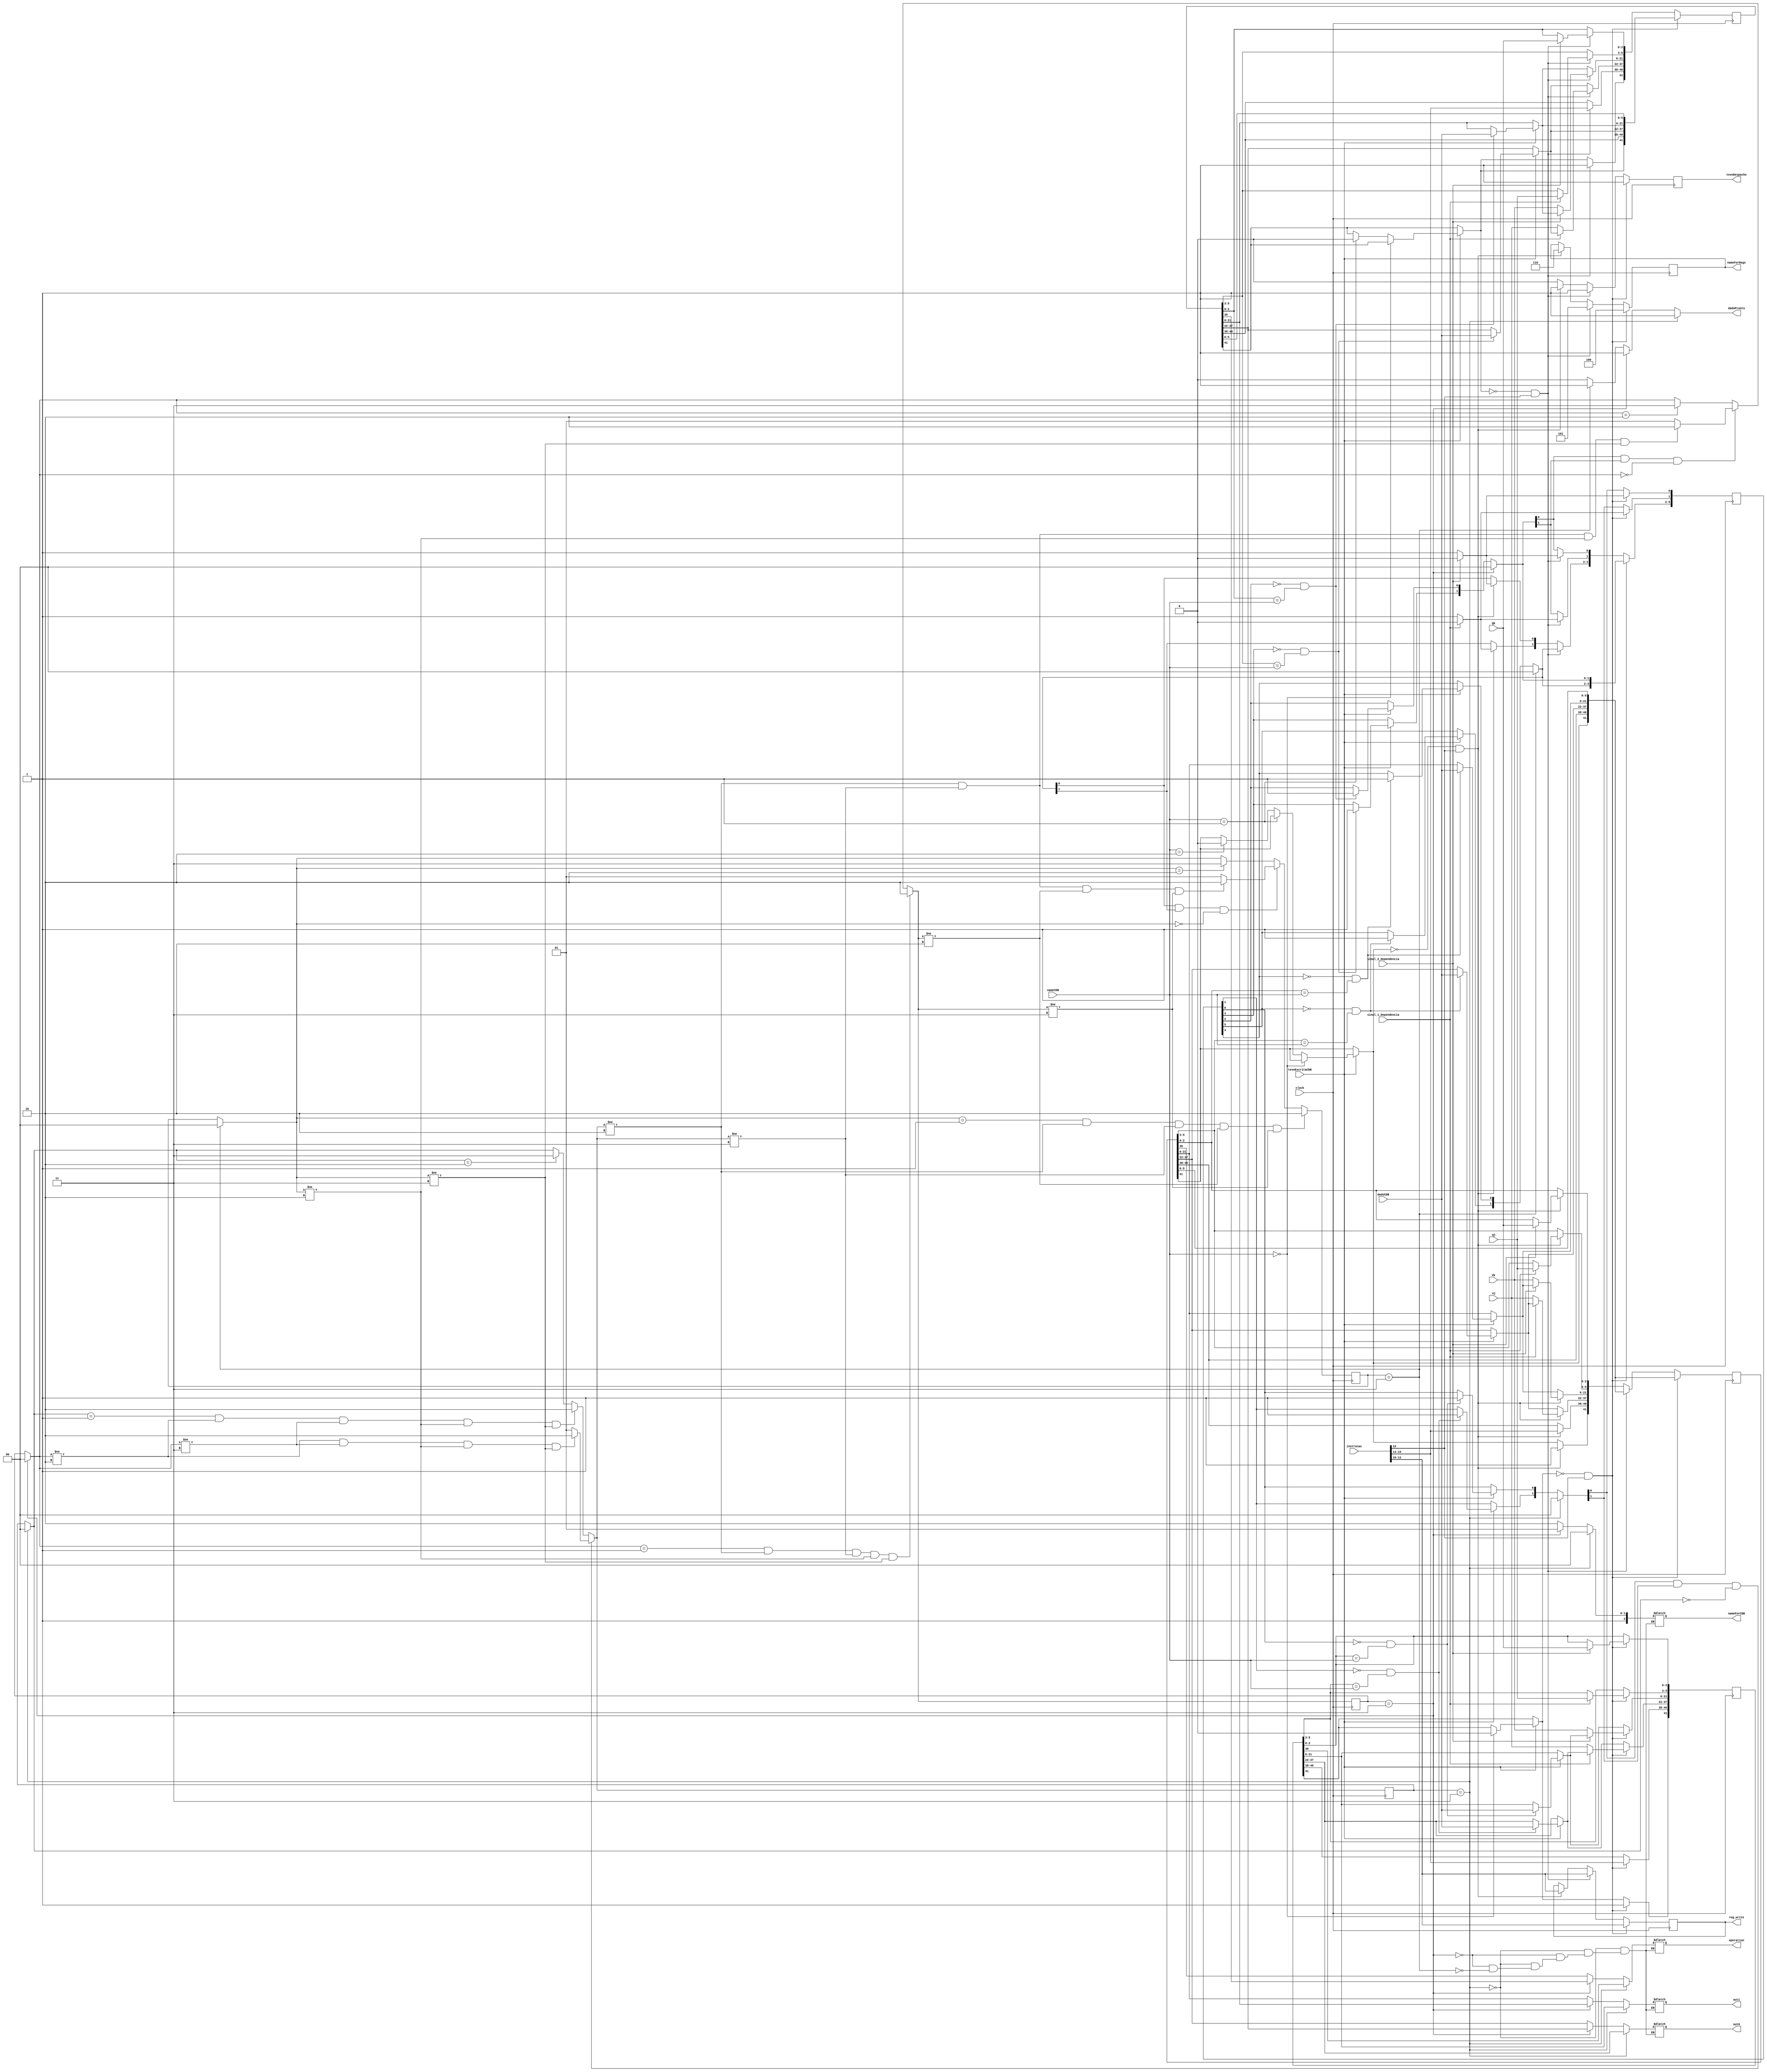
module estacaoDeReservaMulDiv(instrucao, clock,sinal_1_Dependencia, sinal_2_Dependencia, Vj, Vk, Qj, Qk, out0, out1,
teveEscritaCDB, nameCDB, dadoCDB, teveDespacho, reg_write, dadoPronto, operation, nameForCDB, nameForRegs);
	
	input clock;
	input [15:0] Vj, Vk;
	input [2:0] Qj, Qk;
	input [15:0] instrucao;
	input sinal_1_Dependencia;
	input sinal_2_Dependencia;
	input teveEscritaCDB;
	input [2:0] nameCDB;
	input [15:0] dadoCDB;
	output [15:0] out0, out1;
	output reg teveDespacho;
	output reg [2:0] reg_write;
	output dadoPronto;
	output operation;
	output [2:0] nameForCDB;
	output reg [2:0] nameForRegs;
	
	//0 desocupado e 1 ocupado
	//output Busy;
	
	// 44:42->name | 41->Busy | 40:38->Op | 37:22->Vj | 21:6->Vk | 5:3->Qj | 2:0->Qk
	reg [44:0] RS1;
	reg [44:0] RS2;
	reg [44:0] RS3;
	reg [5:0] dadoValido;
	reg [1:0] state_rs1;
	reg [1:0] state_rs2;
	reg [1:0] state_rs3;
	
	initial begin
		RS1[44:42] = 3'b100;
		RS1[41:0] = 0;
		RS2[44:42] = 3'b101;
		RS2[41:0] = 0;
		RS3[44:42] = 3'b110;
		RS3[41:0] = 0;
		dadoValido = 0;
		state_rs1 = 2'b00;
		state_rs2 = 2'b00;
		state_rs3 = 2'b00;
	end
	
	reg BUSY;
	
	always@(posedge clock)
	begin
				
		if(teveEscritaCDB)
		begin
			
			if(nameCDB == RS1[43:42])
				RS1[41] = 0;
			else if(nameCDB == RS2[43:42])
				RS2[41] = 0;
			else if(nameCDB == RS3[43:42])
				RS3[41] = 0;
			
			if(dadoValido[1] == 0 && RS1[5:3] == nameCDB)
			begin
				 RS1[37:22] = dadoCDB;
				 dadoValido[1] = 1'b1;
			end
			
			if(dadoValido[0] == 0 && RS1[2:0] == nameCDB)
			begin
				RS1[21:6] = dadoCDB;
				dadoValido[0] = 1'b1;
			end
			
			if(dadoValido[3] == 0 && RS2[5:3] == nameCDB)
			begin
				 RS2[37:22] = dadoCDB;
				 dadoValido[3] = 1'b1;
			end
			
			if(dadoValido[2] == 0 && RS2[2:0] == nameCDB)
			begin
				RS2[21:6] = dadoCDB;
				dadoValido[2] = 1'b1;
			end
			
			if(dadoValido[5] == 0 && RS3[5:3] == nameCDB)
			begin
				 RS3[37:22] = dadoCDB;
				 dadoValido[5] = 1'b1;
			end
			
			if(dadoValido[4] == 0 && RS3[2:0] == nameCDB)
			begin
				RS3[21:6] = dadoCDB;
				dadoValido[4] = 1'b1;
			end
			
		end
		
		if(state_rs1 == 2'b11)begin
			state_rs1 = 2'b00;
			dadoValido[1:0] = 2'b00;
		end
		if(state_rs2 == 2'b11)begin
			state_rs2 = 2'b00;
			dadoValido[3:2] = 2'b00;
		end
		if(state_rs3 == 2'b11)begin
			state_rs3 = 2'b00;
			dadoValido[5:4] = 2'b00;
		end
		
		if(dadoValido[0] == 1 && dadoValido[1] == 1 && state_rs1 == 2'b00)
			if(state_rs2 != 2'b10 && state_rs2 != 2'b11 && state_rs3 != 2'b10 && state_rs3 != 2'b11)
				state_rs1 = 2'b10;
			else
				state_rs1 = 2'b01;
		else if(state_rs1 == 2'b01 && state_rs2 != 2'b10 && state_rs2 != 2'b11 && state_rs3 != 2'b10 && state_rs3 != 2'b11)
			state_rs1 = 2'b10;
		else if(state_rs1 == 2'b10)
			state_rs1 = 2'b11;
		
		
		if(state_rs2 == 2'b01 && state_rs1 != 2'b10 && state_rs1 != 2'b11 && state_rs3 != 2'b10 && state_rs3 != 2'b11)
			state_rs2 = 2'b10;
		else if(dadoValido[2] == 1 && dadoValido[3] == 1 && state_rs2 == 2'b00)
			if(state_rs1 != 2'b10 && state_rs1 != 2'b11 && state_rs3 != 2'b10 && state_rs3 != 2'b11)
				state_rs2 = 2'b10;
			else
				state_rs2 = 2'b01;
		else if(state_rs2 == 2'b10)
			state_rs2 = 2'b11;
		
		
		if(state_rs3 == 2'b01 && state_rs1 != 2'b10 && state_rs1 != 2'b11 && state_rs2 != 2'b10 && state_rs2 != 2'b11)
			state_rs3 = 2'b10;
		else if(dadoValido[4] == 1 && dadoValido[5] == 1 && state_rs3 == 2'b00)
			if(state_rs1 != 2'b10 && state_rs1 != 2'b11 && state_rs2 != 2'b10 && state_rs2 != 2'b11)
				state_rs3 = 2'b10;
			else
				state_rs3 = 2'b01;
		else if(state_rs3 == 2'b10)
			state_rs3 = 2'b11;
		
		if(~RS1[41] && instrucao[15] == 1)
		begin
			
			teveDespacho = 1'b1;
			reg_write = instrucao[12:10];
			
			if(sinal_1_Dependencia)
			begin
				RS1[5:3] = Qj;
				dadoValido[1] = 1'b0;
			end
			else
			begin
				RS1[37:22] = Vj;
				dadoValido[1] = 1'b1;
			end
				
			if(sinal_2_Dependencia)
			begin
				RS1[2:0] = Qk;
				dadoValido[0] = 1'b0;
			end
			else
			begin
				RS1[21:6] = Vk;
				dadoValido[0] = 1'b1;
			end
			
			RS1[41] = 1'b1;
			RS1[40:38] = instrucao[15:13];
			nameForRegs = 3'b100;
			
		end
		else if(~RS2[41] && instrucao[15] == 1)
		begin
			
			teveDespacho = 1'b1;
			reg_write = instrucao[12:10];
			
			if(sinal_1_Dependencia)
			begin
				RS2[5:3] = Qj;
				dadoValido[3] = 1'b0;
			end
			else
			begin
				RS2[37:22] = Vj;
				dadoValido[3] = 1'b1;
			end
				
			if(sinal_2_Dependencia)
			begin
				RS2[2:0] = Qk;
				dadoValido[2] = 1'b0;
			end
			else
			begin
				RS2[21:6] = Vk;
				dadoValido[2] = 1'b1;
			end
			
			RS2[41] = 1'b1;
			RS2[40:38] = instrucao[15:13];
			nameForRegs = 3'b101;
			
		end
		else if(~RS3[41] && instrucao[15] == 1)
		begin
			
			teveDespacho = 1'b1;
			reg_write = instrucao[12:10];
			
			if(sinal_1_Dependencia)
			begin
				RS3[5:3] = Qj;
				dadoValido[5] = 1'b0;
			end
			else
			begin
				RS3[37:22] = Vj;
				dadoValido[5] = 1'b1;
			end
				
			if(sinal_2_Dependencia)
			begin
				RS3[2:0] = Qk;
				dadoValido[4] = 1'b0;
			end
			else
			begin
				RS3[21:6] = Vk;
				dadoValido[4] = 1'b1;
			end
			
			RS3[41] = 1'b1;
			RS3[40:38] = instrucao[15:13];
			nameForRegs = 3'b110;
			
		end
		else
			teveDespacho = 1'b0;
					
	end
	
	reg [15:0] temp_out0, temp_out1;
	reg temp_op, temp_dadoPronto;
	reg [2:0] temp_name;
	
	always@(*)
	begin
		if(state_rs1 == 2'b11)
		begin
			temp_out0 = RS1[37:22];
			temp_out1 = RS1[21:6];
			temp_op = RS1[39];
			temp_name = 3'b100;
			temp_dadoPronto = 1'b1;
		end
		else if(state_rs2 == 2'b11)
		begin
			temp_out0 = RS2[37:22];
			temp_out1 = RS2[21:6];
			temp_op = RS2[39];
			temp_name = 3'b101;
			temp_dadoPronto = 1'b1;
		end
		else if(state_rs3 == 2'b11)
		begin
			temp_out0 = RS3[37:22];
			temp_out1 = RS3[21:6];
			temp_op = RS3[39];
			temp_name = 3'b110;
			temp_dadoPronto = 1'b1;
		end
		else
			temp_dadoPronto = 1'b0;
	end
	
	assign dadoPronto = temp_dadoPronto;
	assign operation = temp_op;
	assign out0 = temp_out0;
	assign out1 = temp_out1;
	assign nameForCDB = temp_name;
	
endmodule